Mental hospitals Bombay report 1921-28 - 1921-1928
Year: 1921
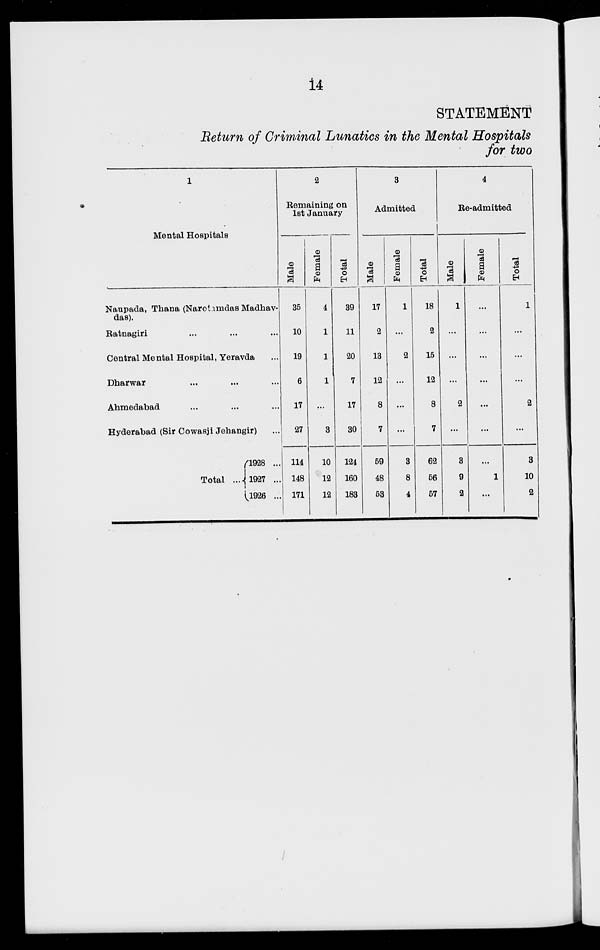
14
STATEMENT
Return of Criminal Lunatics in the Mental Hospitals
for two
1
Mental Hospitals
Naupada, Thana (Naroiimdas Madhav¬
das).
Ratnagiri ... ... ...
Central Mental Hospital, Yeravda ...
Dharwar ... ... ...
Ahmedabad ... ... ...
Hyderabad (Sir Cowasji Jehangir) ...
Total ...
1928 ...
1927 ...
1926 ...
2
Remaining on
1st January
Male
35
10
19
6
17
27
114
148
171
Female
4
1
1
1
...
3
10
12
12
Total
39
11
20
7
17
30
124
160
183
3
Admitted
Male
17
2
13
12
8
7
59
48
53
Female
1
...
2
...
...
...
3
8
4
Total
18
2
15
12
8
7
62
56
57
4
Re-admitted
Male
1
...
...
...
2
...
3
9
2
Female
...
...
...
...
...
...
...
1
...
Total
1
...
...
...
2
...
3
10
2